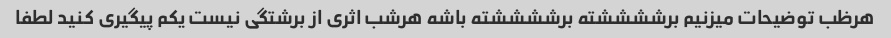
هرظب توضیحات میزنیم برششششته برششششته باشه هرشب اثری از برشتگی نیست یکم پیگیری کنید لطفا